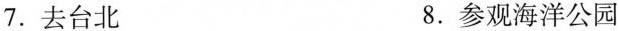
7.去台北 8.参观海洋公园